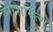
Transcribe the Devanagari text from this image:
योशिमित्सु